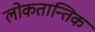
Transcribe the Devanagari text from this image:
लोकतान्तिक